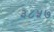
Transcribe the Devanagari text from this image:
३८५७